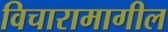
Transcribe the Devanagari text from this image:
विचारामागील